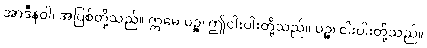
အာဒီနဝါ၊ အပြစ်တို့သည်။ ဣမေ ပဉ္စ၊ ဤငါးပါးတို့သည်။ ပဉ္စ၊ ငါးပါးတို့သည်။